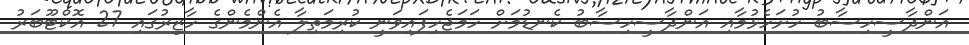
އަންދާސީހިސާބު ހުށަހެޅުމާއި އަންދާސީހިސާބު ކެނޑުމަށް ހަމަޖެހިފައިވަނީ ކުރިމަތިލާ އެންމެންގެ ހާޒިރުގައި 27 އޮކްޓޫބަރު